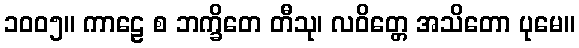
၁၀၀၅။ ကာဠေ စ ဘက္ခိတေ တီသု၊ လဝိတ္တေ အသိတော ပုမေ။